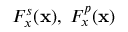
F _ { x } ^ { s } ( \mathbf { x } ) , \; F _ { x } ^ { p } ( \mathbf { x } )